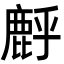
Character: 䴣